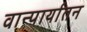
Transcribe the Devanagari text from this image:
वान्पार्यातन